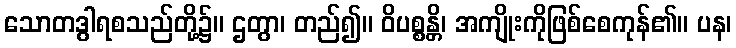
သောတဒွါရစသည်တို့၌။ ဌတွာ၊ တည်၍။ ဝိပစ္စန္တိ၊ အကျိုးကိုဖြစ်စေကုန်၏။ ပန၊